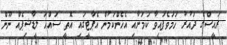
ރައީސްގެ ދައުރު ހަމަވެފައިވާ ކަމަށާއި އެހެންކަމުން އެޕާޓީގައި އޮތީ ސައްހަ ލީޑާޝިޕެއް ނޫން